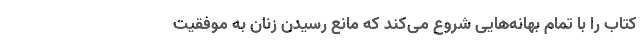
کتاب را با تمام بهانه‌هایی شروع می‌کند که مانع رسیدن زنان به موفقیت